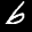
Label: 6